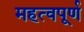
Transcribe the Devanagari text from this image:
महत्‍वपूर्ण